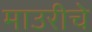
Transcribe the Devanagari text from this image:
माउरीचे